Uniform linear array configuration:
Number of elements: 8
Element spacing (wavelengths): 0.75
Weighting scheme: kaiser
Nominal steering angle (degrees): -45
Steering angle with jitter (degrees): -45.781
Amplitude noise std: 0.05
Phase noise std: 0.05

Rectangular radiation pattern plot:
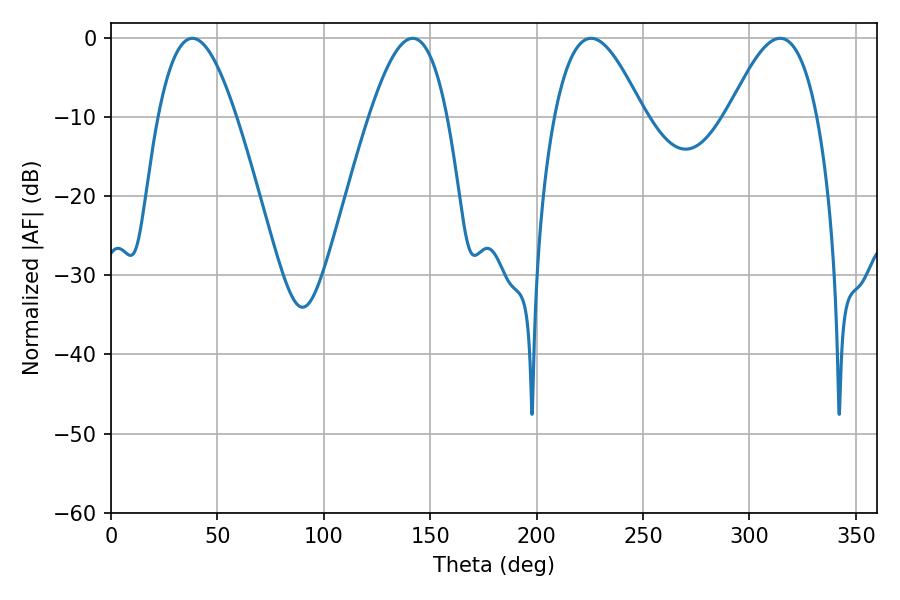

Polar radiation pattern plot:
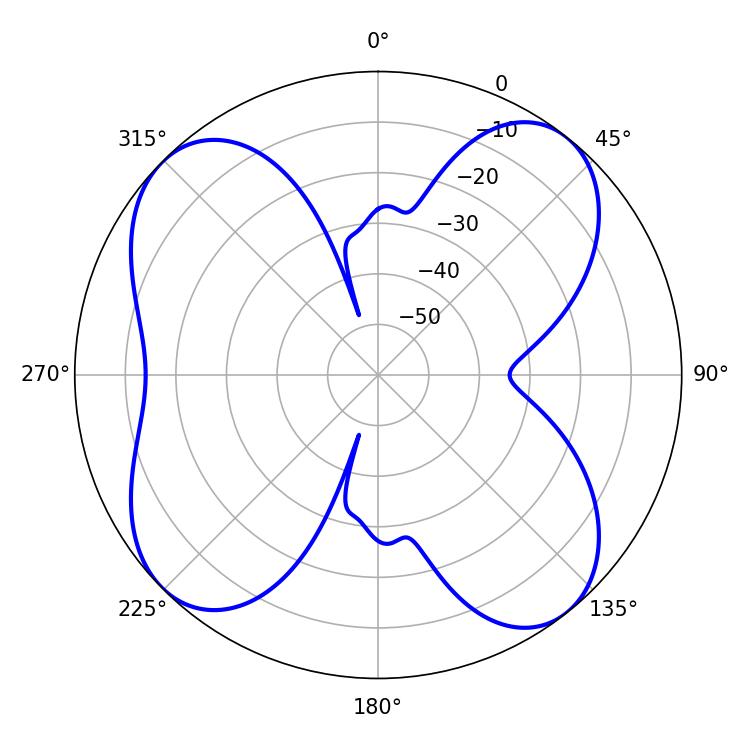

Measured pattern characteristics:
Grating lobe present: TRUE
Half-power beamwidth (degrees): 22.68
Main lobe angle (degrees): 225.54